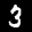
Label: 3